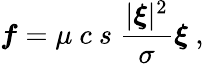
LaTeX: \boldsymbol{f}=\mu\ c\ s\ \frac{|\boldsymbol{\xi}|^{2}}{\sigma}\boldsymbol{\xi}\ ,